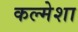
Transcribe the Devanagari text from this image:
कल्मेशा